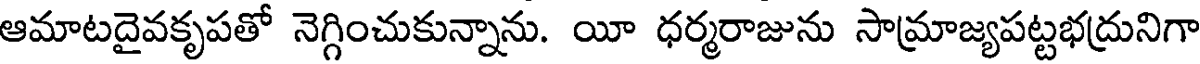
ఆమాటదైవకృపతో నెగ్గించుకున్నాను. యీ ధర్మరాజును సామ్రాజ్యపట్టభద్రునిగా